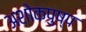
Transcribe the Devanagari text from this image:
अशोकपुष्प